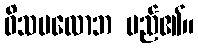
ဝိသမလောဘ မည်၏။